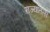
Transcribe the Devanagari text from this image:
राज्यांतली